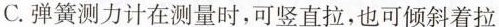
C.弹簧测力计在测量时，可竖直拉，也可倾斜着拉